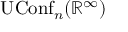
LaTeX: \operatorname { U C o n f } _ { n } ( \mathbb { R } ^ { \infty } )